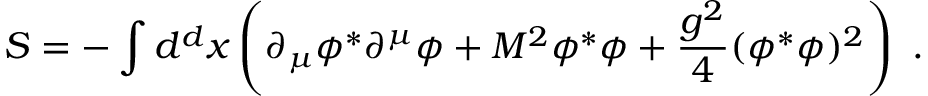
S = - \int d ^ { d } x \left( \partial _ { \mu } \phi ^ { * } \partial ^ { \mu } \phi + M ^ { 2 } \phi ^ { * } \phi + \frac { g ^ { 2 } } { 4 } ( \phi ^ { * } \phi ) ^ { 2 } \right) \ .